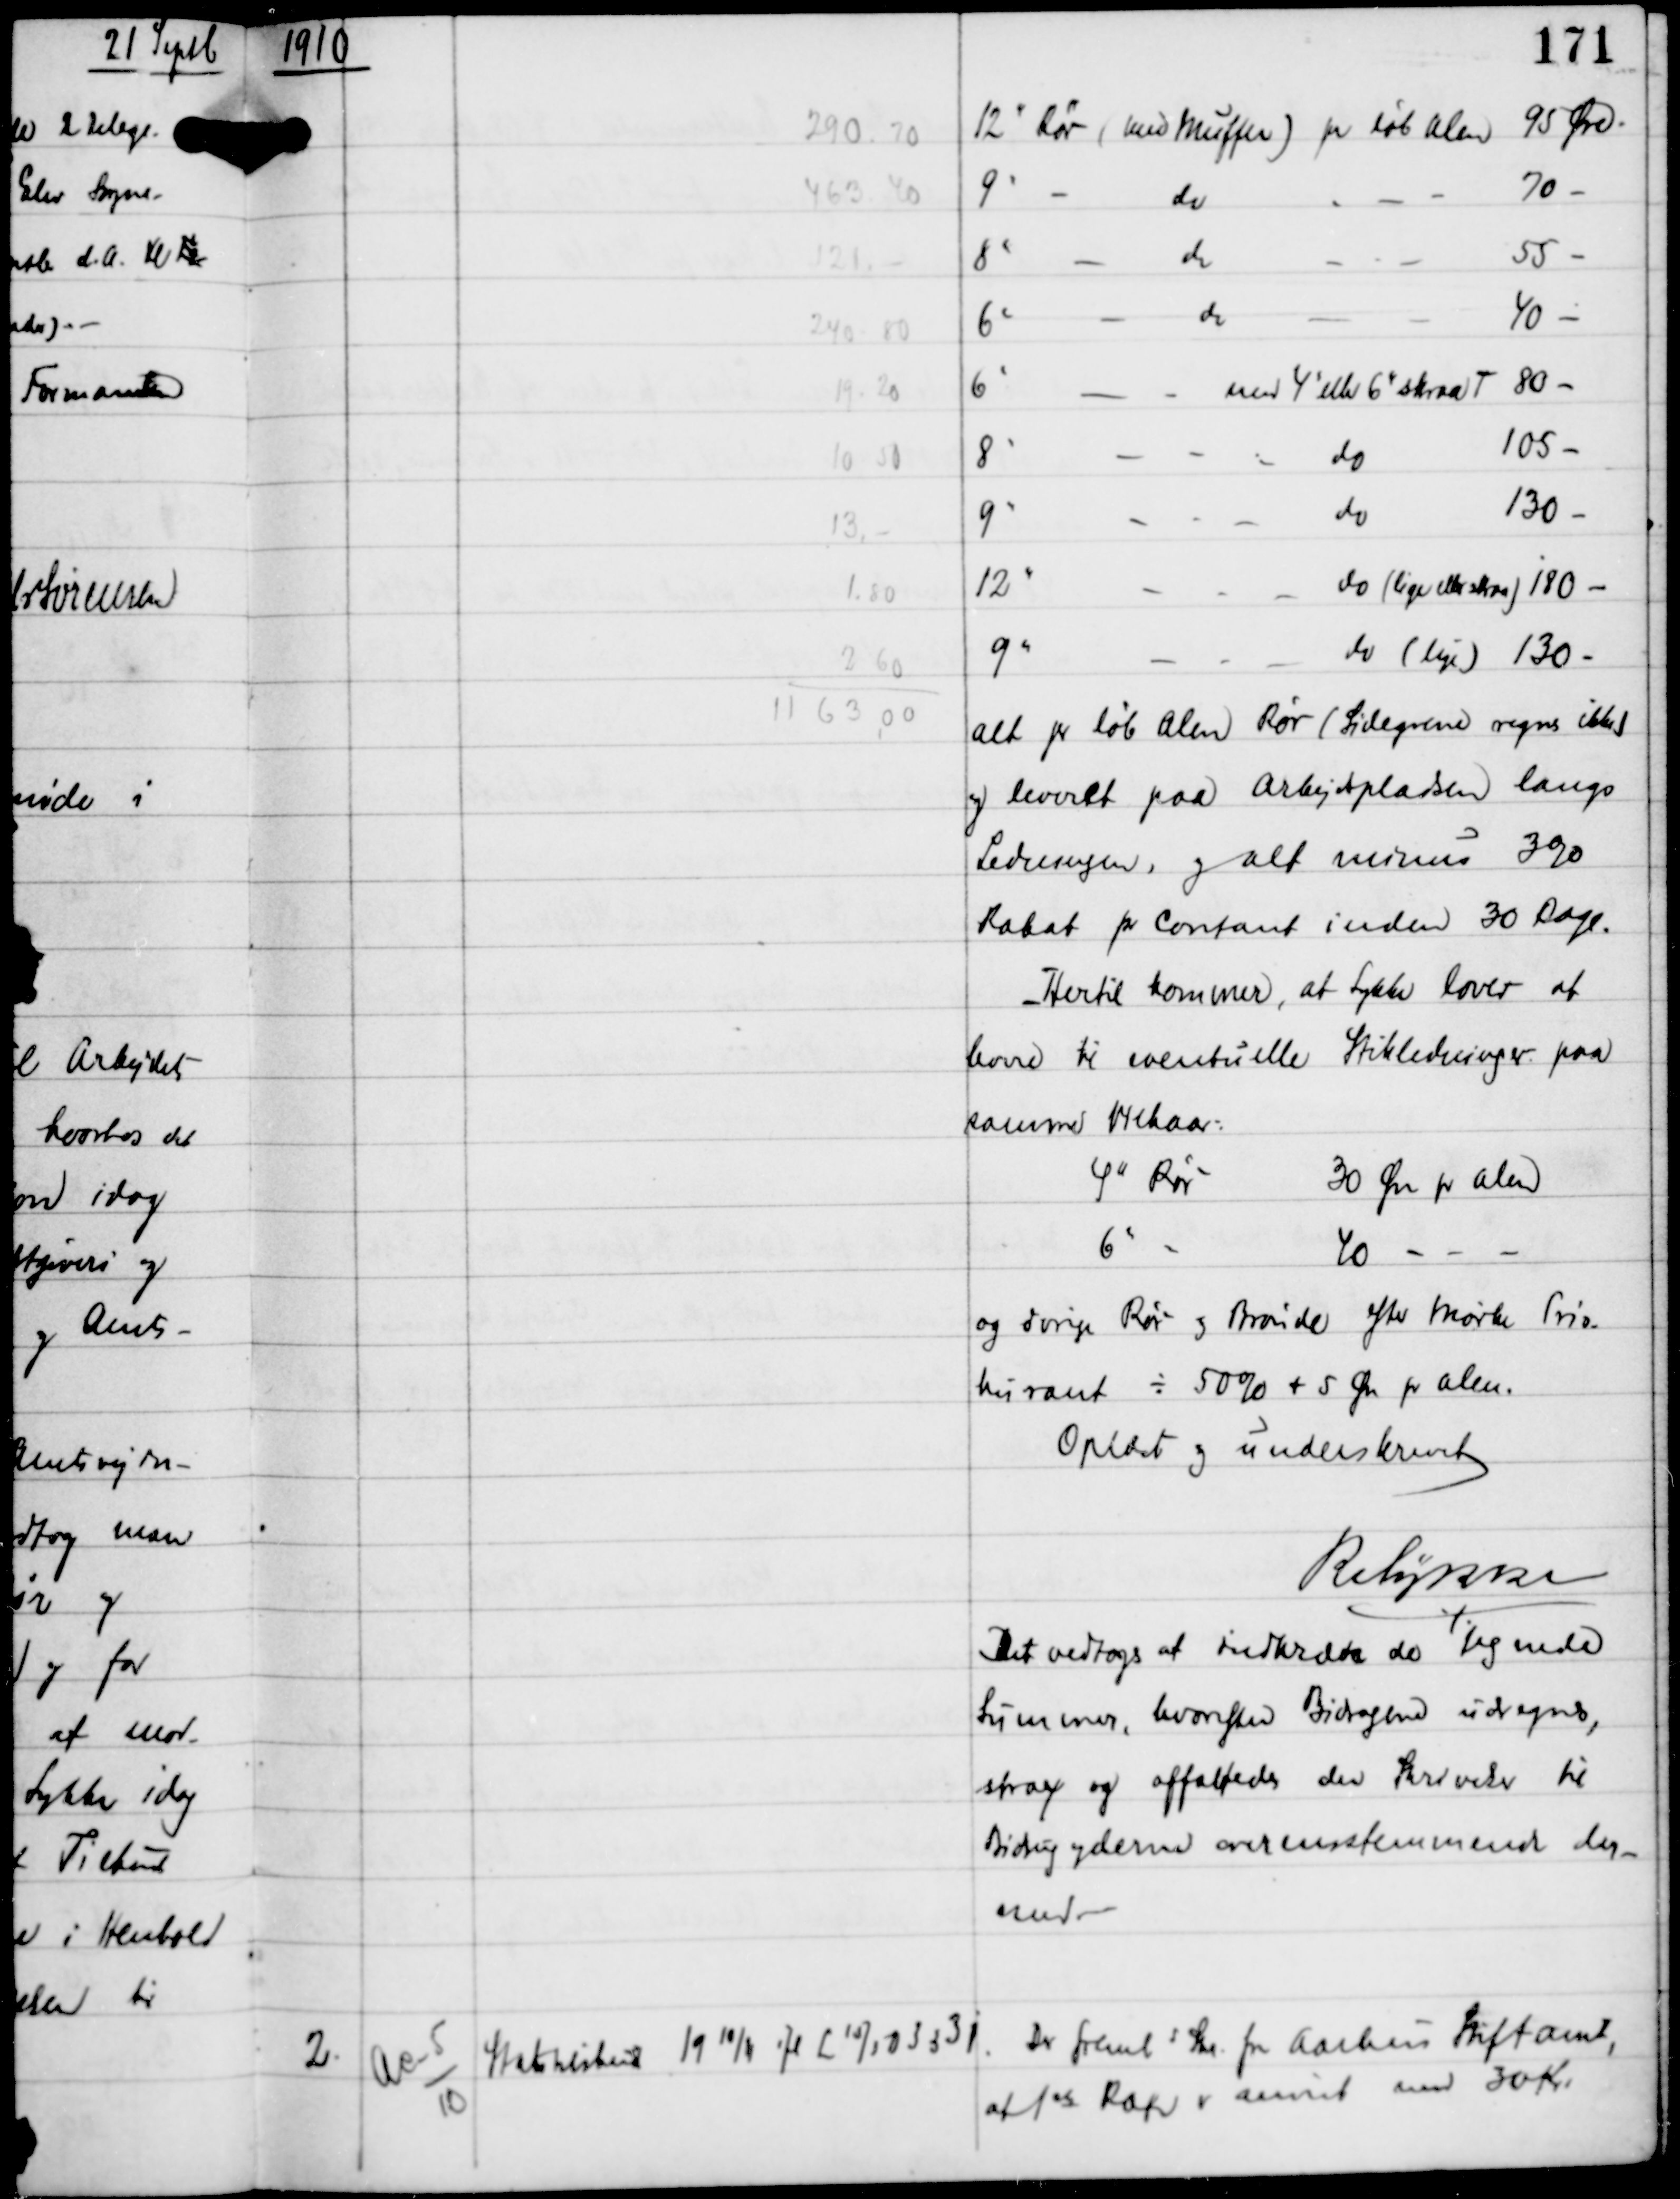
Transskription:
1910

alt pr løb Alen Rør (Sidegrene regnes ikke)
og leveret paa Arbejdspladsen langs
Lodsevejen, og alt minus 39%
Rabat pr Contant inden 30 Dage.
Hertil kommer, at Lykke lover at
levere til eventuelle Stikledninger paa
samme Vilkaar.
4" Rør
30 Øre pr Alen
6"
40 -
og øvrige Rør og Brønde efter Mørke Pris
kurant ÷ 50% + 5 Øre pr Alen.

Oplæst og underskrevet
R Lykke

Det vedoges at indkradse de tegnede
Summer, hvorefter Bidragene udregnes,
strax og affattedes den Skrivelse til
Bidragyderne overenstemmende der-
med. -

2.

Ae-5
10

Statstilskud 19 10/11 ifl L 15/5 03 § 3 j

Der fremls Skr fra Aarhus Stiftamt,
at 1st Rate er anvist med 30 Kr.